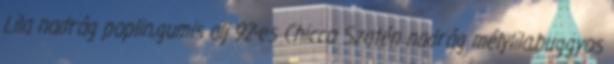
Lila nadrág poplin,gumis alj 92-es Chicco Szatén nadrág mélylila,buggyos